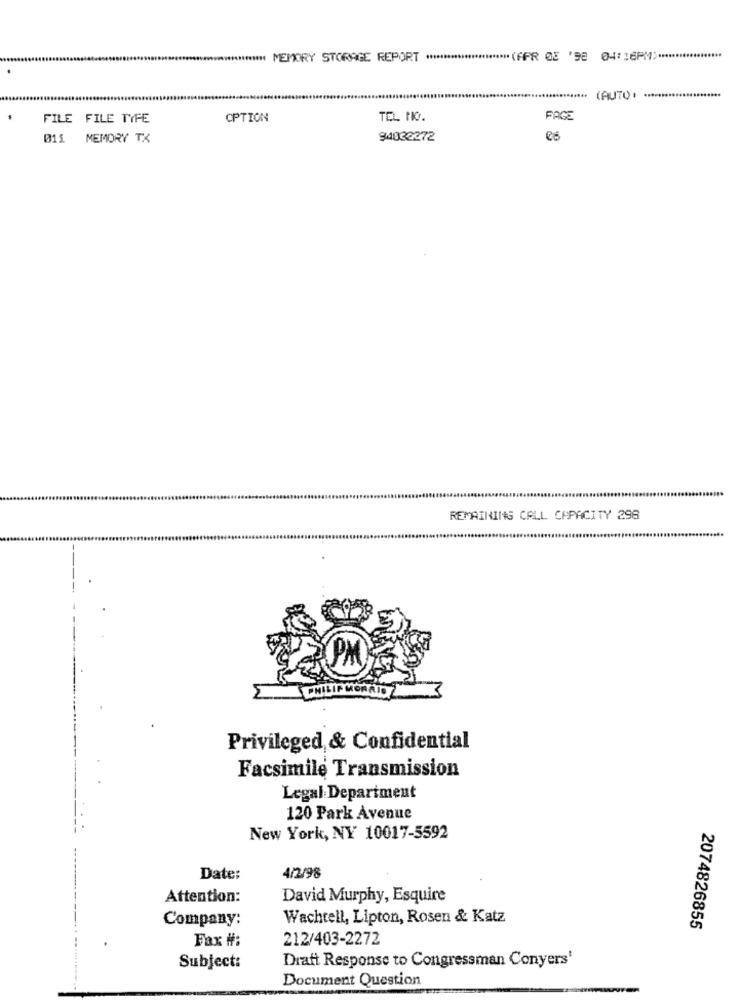
IN MEMORY STORAGE REPORT ************************ (APR 03 '98 04:16PM) ******************
FILE FILE TYFE
OPTION
TEL NO.
PAGE
011 MEMORY TX
94032272
REMAINING CALL CAPACITY 296
Privileged & Confidential
Facsimile Transmission
Legal Department
120 Park Avenue
New York, NY 10017-5592
Date:
4/2/98
Attention:
David Murphy, Esquire
Company:
Wachtell, Lipton, Rosen & Katz
2074826855
Fax #:
212/403-2272
Draft Response to Congressman Conyers'
Subject:
Document Question